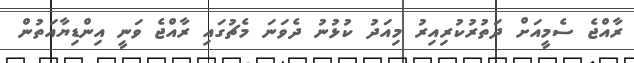
ރާއްޖެ ސެމީއަށް ދަތުރުކުރިއިރު މިއަދު ކުޅުނު ދެވަނަ މެޗުގައި ރާއްޖެ ވަނީ އިންޑިޔާއަތުން